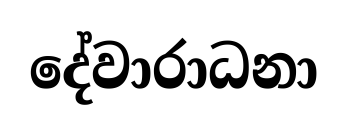
දේවාරාධනා